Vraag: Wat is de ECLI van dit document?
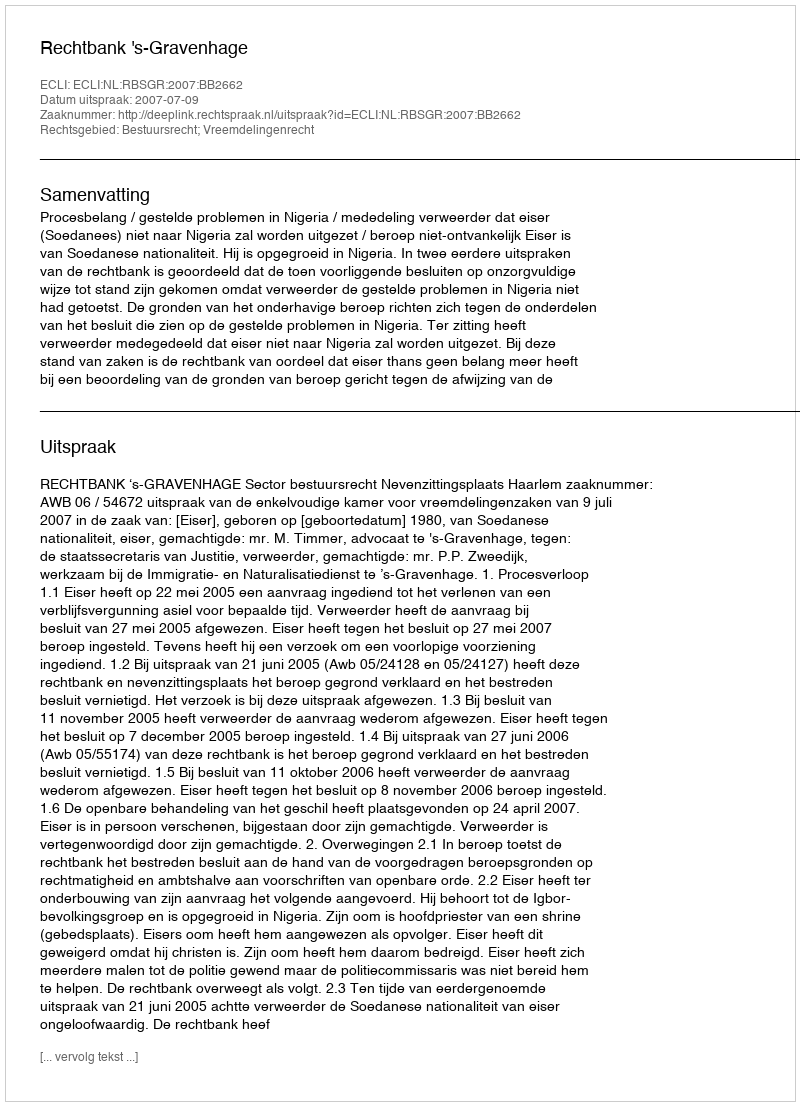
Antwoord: ECLI:NL:RBSGR:2007:BB2662